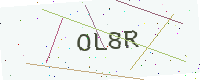
Text: OL8R